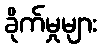
ခိုက်မှုများ